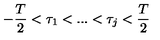
- { \frac { T } { 2 } } < \tau _ { 1 } < . . . < \tau _ { j } < { \frac { T } { 2 } }